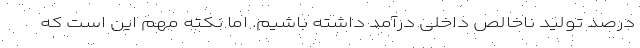
درصد تولید ناخالص داخلی درآمد داشته باشیم. اما نکته مهم این است که